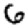
Digit: 6